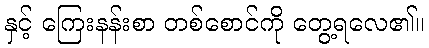
နှင့် ကြေးနန်းစာ တစ်စောင်ကို တွေ့ရလေ၏။